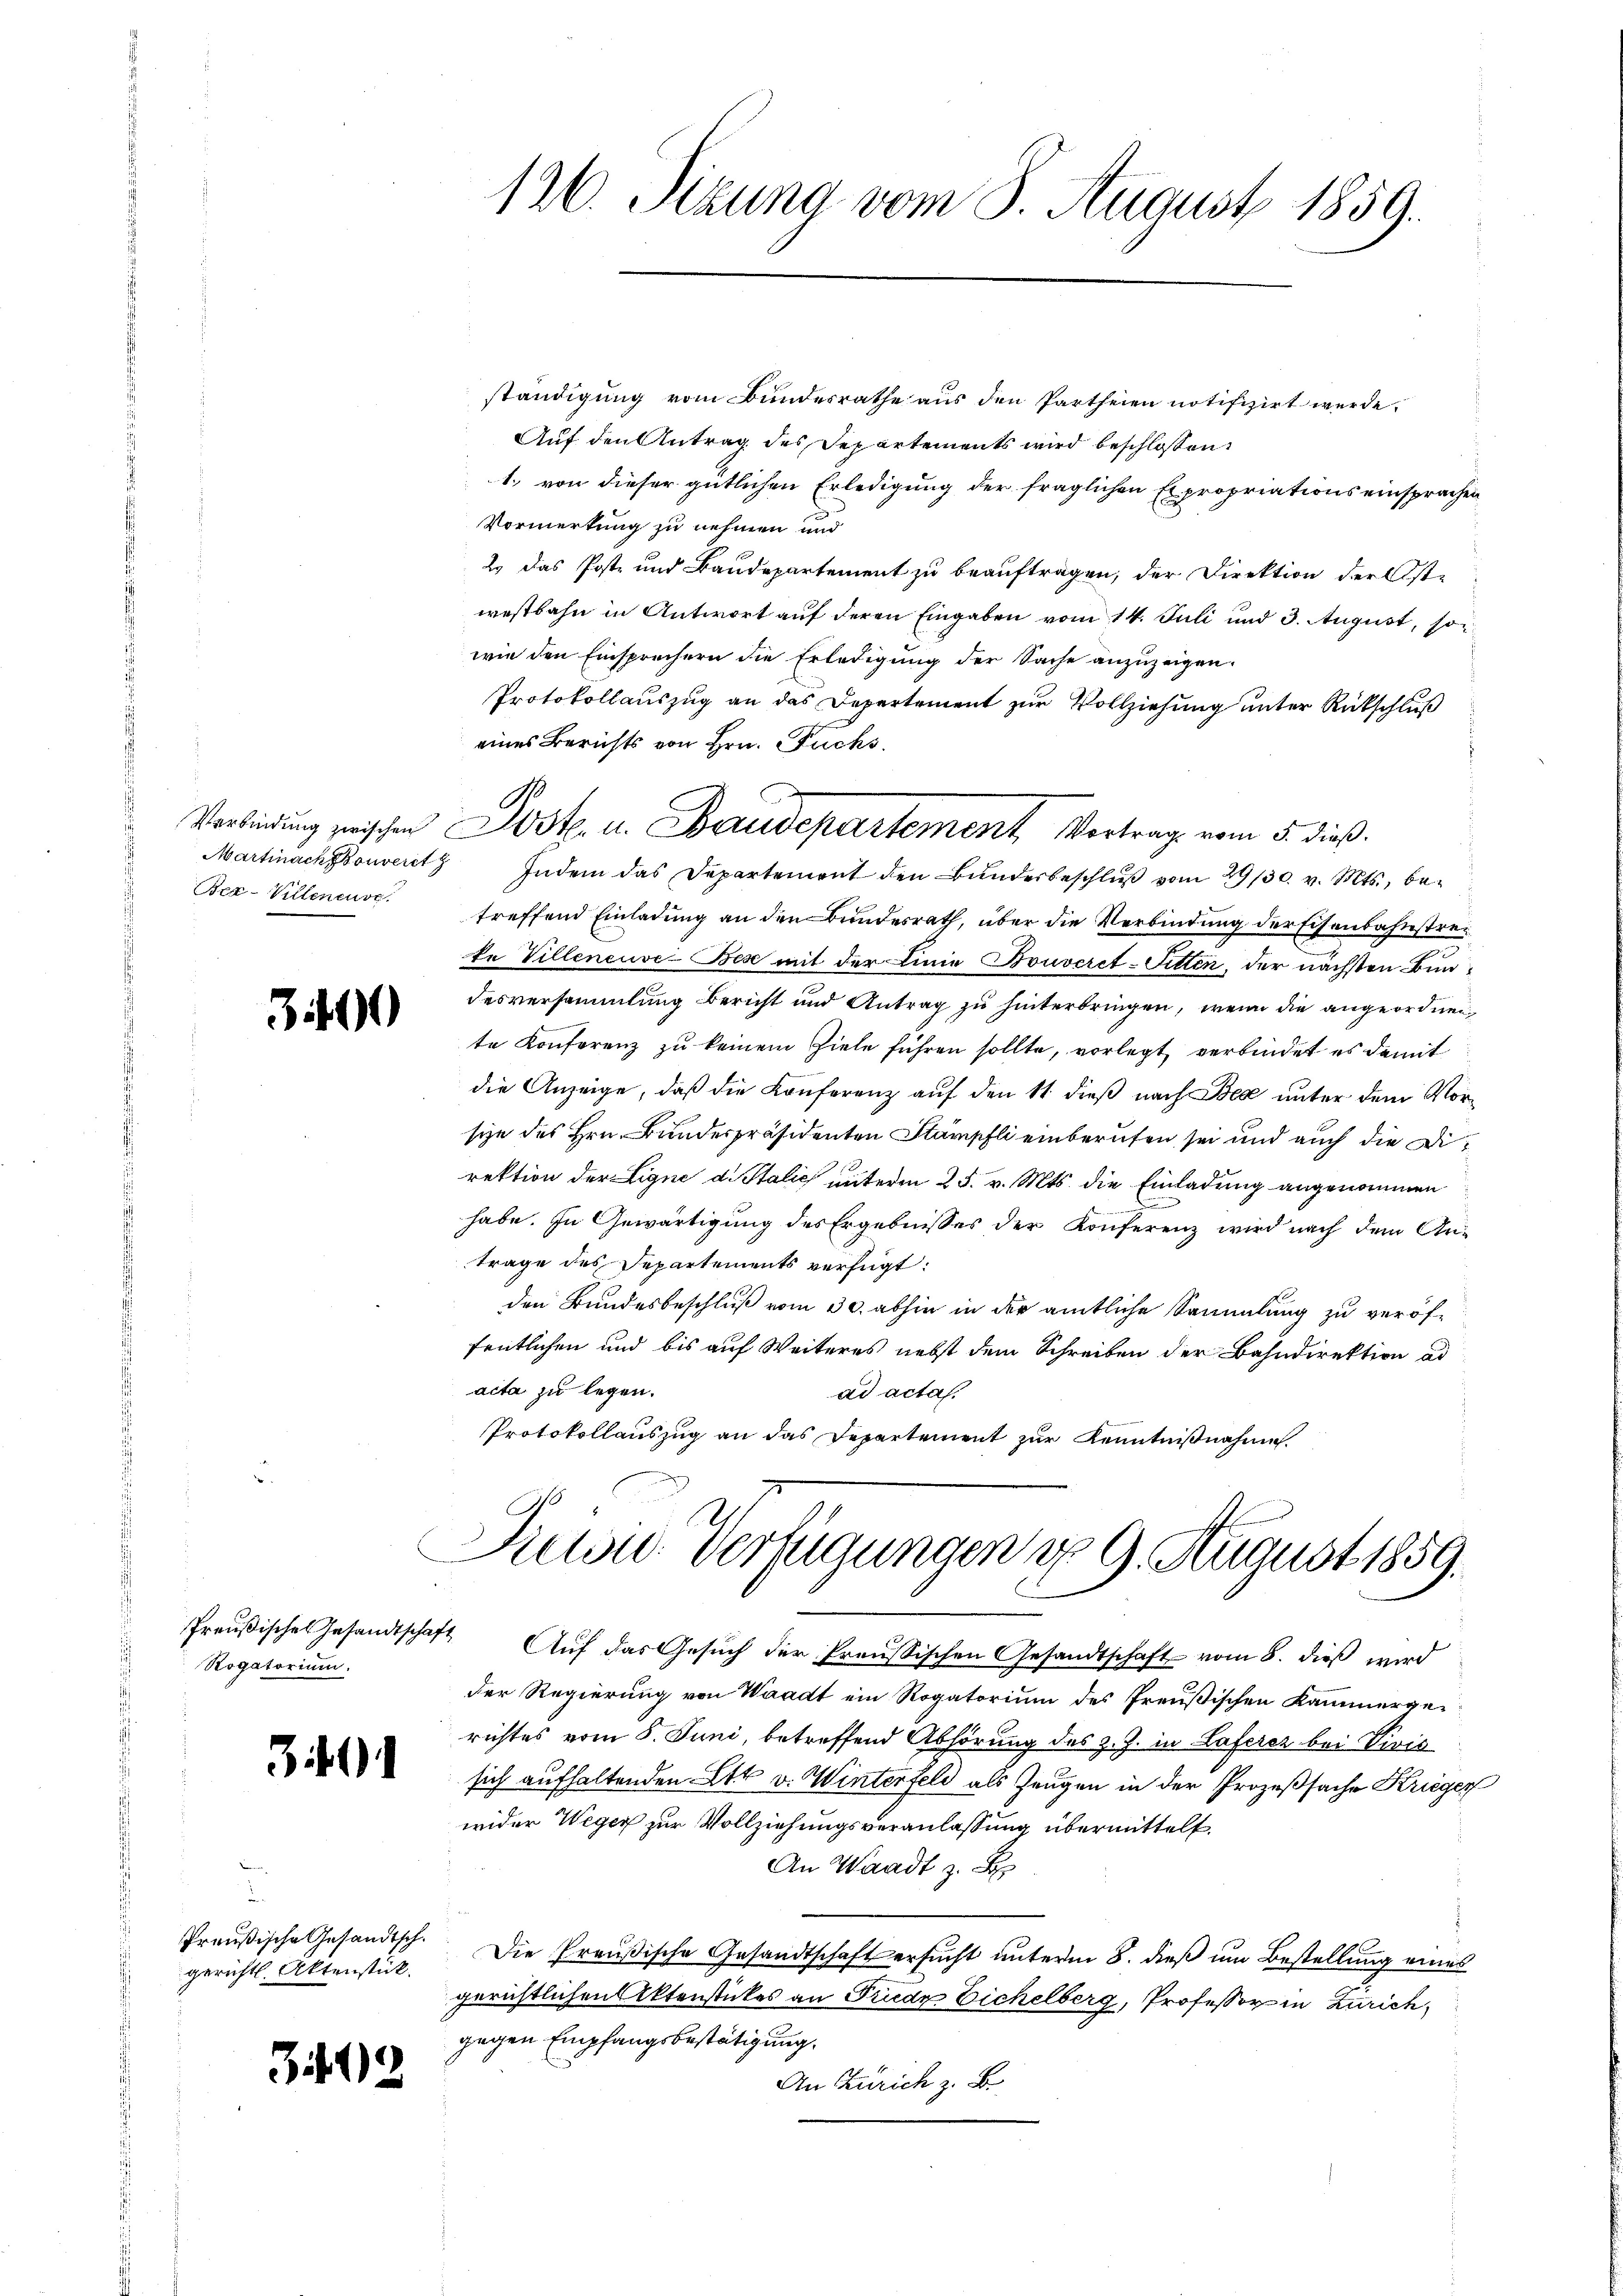
Bra-Villenense

3400

Rogatorium.

3491

Preußische Gesandtsch.
gerichtl. Aktenstück.

3402

126. Sitzung vom 3. August 1859.

Verbindung zwischen Post u. Baudepartement, Vortrag vom 5. dieß.

ständigung vom Bundesrathe aus den Partheien notifizirt werde.
Auf den Antrag des Departements wird beschlossen:
1. von dieser gütlichen Erledigung der fraglichen Expropriations einsprachen
Vormerkung zu nehmen und
2. Das Post- und Baudepartement zu beauftragen, der Direktion der Ost-
westbahn in Antwort auf deren Eingaben vom 14. Juli und 3. August, son
wie den Einsprechern die Erledigung der Sache anzuzeigen.
Protokollauszug an das Departement zur Vollziehung unter Rückschluß
eines Berichts von Hrn. Fuchs,
Martinach konvent Indem das Departement den Bŭndesbeschlŭβ vom 29/30. v. Mts., betreffend Einladung an den Bundesrath, über die Verbindung der Eisenbahnstrete Villeneuve-Bese mit der Linie Bouveret-Sitten, der nächsten Bundesversammlung bericht und Antrag zu hinterbringen, wenn die angeordnen
te Konferenz zu keinem Ziele führen sollte, vorlegt verbindet es damit
die Anzeige, daß die Konferenz auf den 11 dieß nach Bea unter dem Vorsize des Hrn. Bundespräsidenten Stämpfli einberufen sei und auch die Direktion der Ligne d. Stalić unterm 25. v. Mts. die Einladung angenommen
habe. In Gewärtigung des Ergebnisses der Konferenz wird nach dem Antrage des Departements verfügt:
den Bundesbeschluß vom 30. abhin in der amtliche Sammlung zu veröffentlichen und bis auf Weiteres nebst dem Schreiben der Bahndirektion ad
acta zu legen.
ad acta.
Protokollauszug an das Departement zur Kenntnißnahme.
Prewig Verfügungen d. 9. August 1859.

Preußisches Gesandtschaft Auf das Gesuch der Preussischen Gesandtschaft vom 8. dieß wird
der Regierung von Waadt ein Rogatorium des Preußischen Kammergerichtes vom 8. Juni, betreffend Abhörung des z. Z. in Haferez bei Viris
sich aufhaltenden Ett v. Winterfeld als Zeugen in der Prozeßsache Krieger
wider Weger zur Vollziehungsveranlassung übermittelt.
An Waadt z. B.
Die Preußische Gesandtschaft ersucht unterm 8. dieß um Bestellung eines
gerichtlichen Aktenstückes an Friede Eichelberg, Professor in Zürich,
gegen Empfangsbestätigung.
An Zürich z. B.